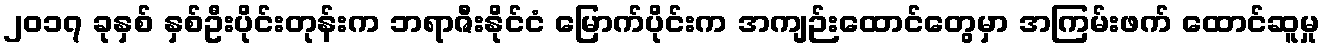
၂၀၁၇ ခုနှစ် နှစ်ဦးပိုင်းတုန်းက ဘရာဇီးနိုင်ငံ မြောက်ပိုင်းက အကျဉ်းထောင်တွေမှာ အကြမ်းဖက် ထောင်ဆူမှု